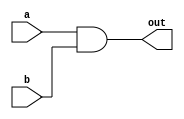
module ckt3(a,b,out);
  input a,b;
  output out;
  
  and g1(out, a, b);
endmodule